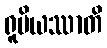
ရူပိယဿာတိ